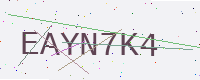
Text: EAYN7K4